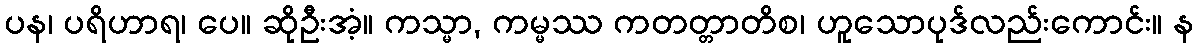
ပန၊ ပရိဟာရ၊ ပေ။ ဆိုဦးအံ့။ ကသ္မာ, ကမ္မဿ ကတတ္တာတိစ၊ ဟူသောပုဒ်လည်းကောင်း။ န